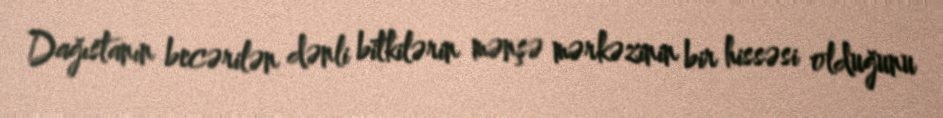
Dağıstanın becərilən dənli bitkilərin mənşə mərkəzinin bir hissəsi olduğunu